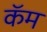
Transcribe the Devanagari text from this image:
कॅम